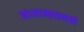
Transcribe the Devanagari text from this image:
मध्यान्हसमयी